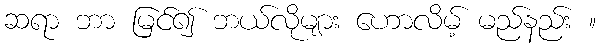
ဆရာ ဘာ မြင်၍ ဘယ်လိုများ ဟောလိမ့် မည်နည်း ။